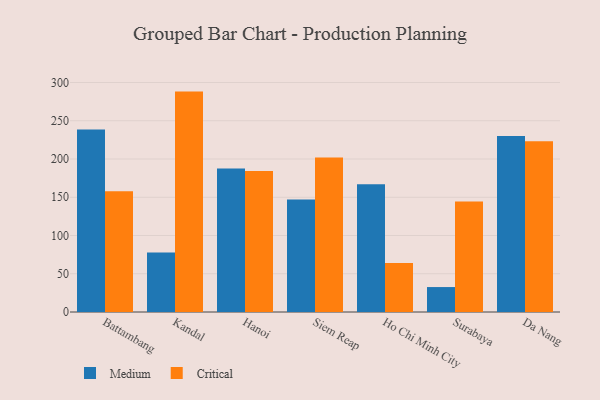
{"axis": {"x": "City", "y": "Headcount"}, "legend": ["Critical", "Medium"], "data": [{"x": "Battambang", "y": 238.6, "type": "Medium"}, {"x": "Battambang", "y": 158.0, "type": "Critical"}, {"x": "Kandal", "y": 77.9, "type": "Medium"}, {"x": "Kandal", "y": 288.1, "type": "Critical"}, {"x": "Hanoi", "y": 187.6, "type": "Medium"}, {"x": "Hanoi", "y": 184.4, "type": "Critical"}, {"x": "Siem Reap", "y": 147.2, "type": "Medium"}, {"x": "Siem Reap", "y": 202.0, "type": "Critical"}, {"x": "Ho Chi Minh City", "y": 167.1, "type": "Medium"}, {"x": "Ho Chi Minh City", "y": 64.1, "type": "Critical"}, {"x": "Surabaya", "y": 32.6, "type": "Medium"}, {"x": "Surabaya", "y": 144.6, "type": "Critical"}, {"x": "Da Nang", "y": 230.1, "type": "Medium"}, {"x": "Da Nang", "y": 223.2, "type": "Critical"}]}